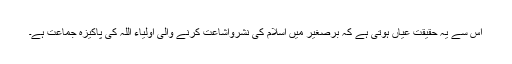
اس سے یہ حقیقت عیاں ہوتی ہے کہ برصغیر میں اسلام کی نشرواشاعت کرنے والی اولیاء اللہ کی پاکیزہ جماعت ہے۔